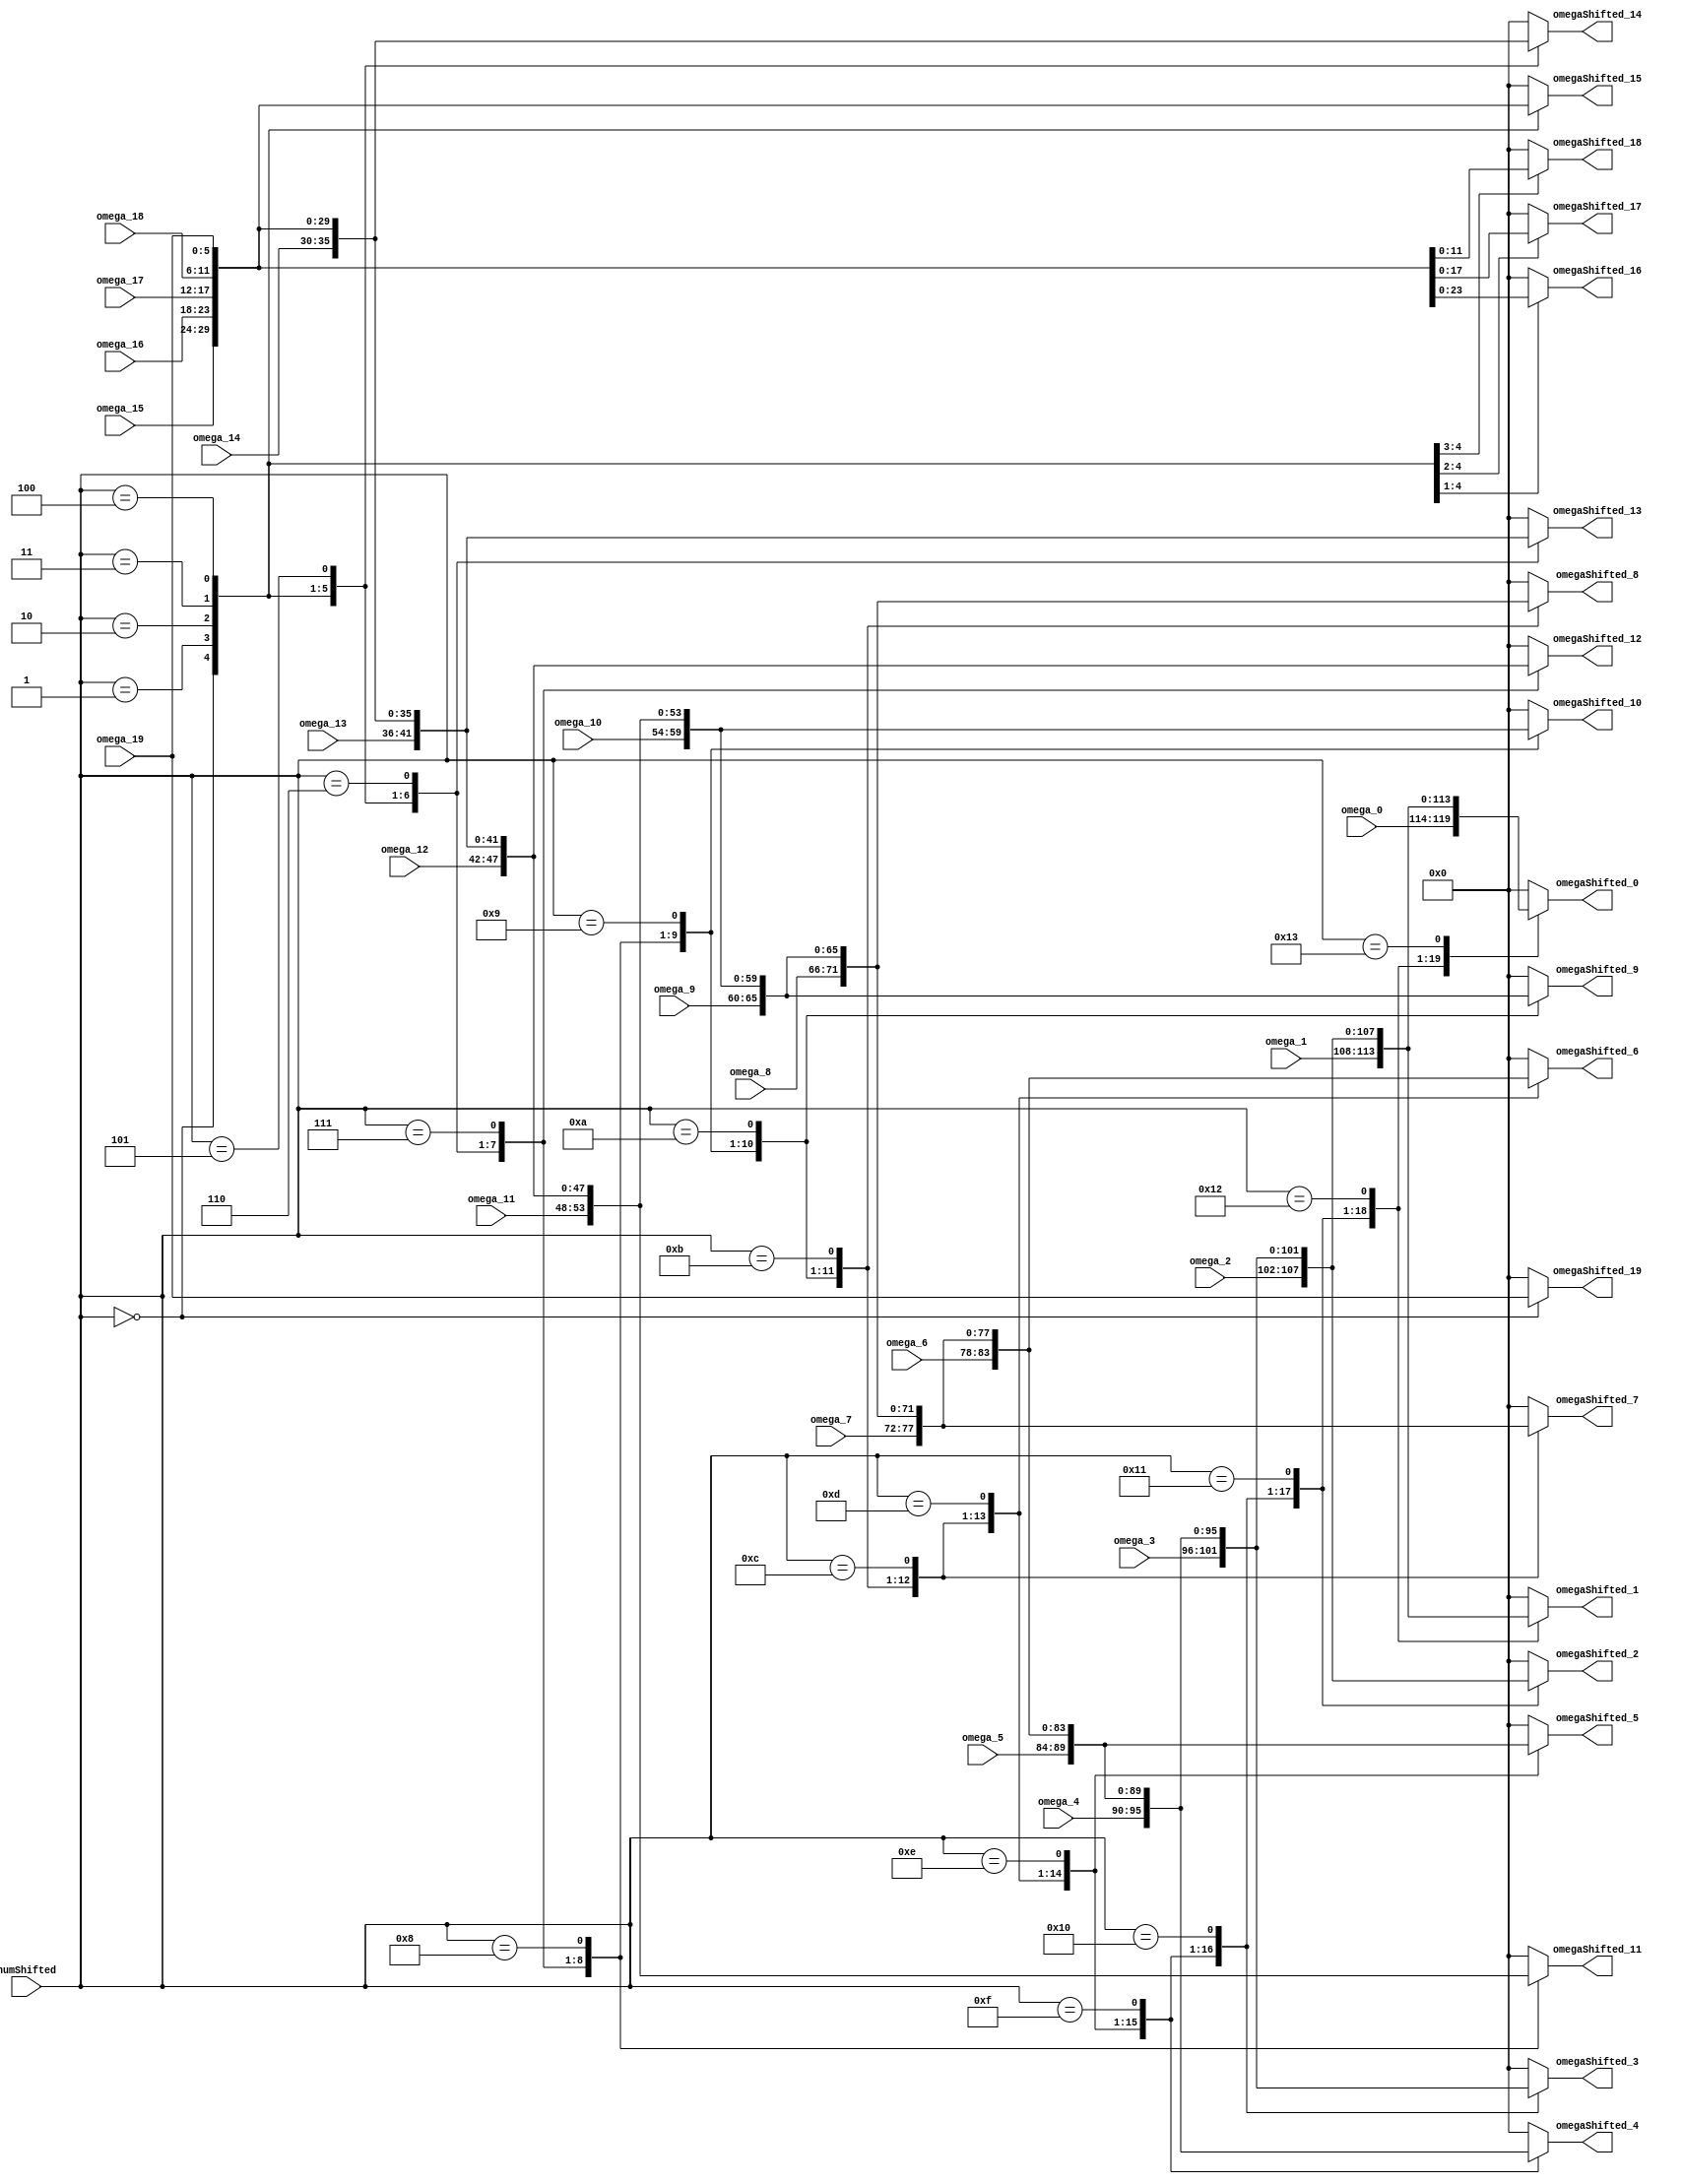
//===================================================================
// Module Name : RsDecodeShiftOmega
// Function    : Rs Decoder Shift Omega Module
// 
// Revision History:
// Date          By           Version    Change Description
//===================================================================
// 2009/02/03  Gael Sapience     1.0       Original
//
//===================================================================
// (C) COPYRIGHT 2009 SYSTEM LSI CO., Ltd.
//


module RsDecodeShiftOmega(
   omega_0,           // omega polynom 0
   omega_1,           // omega polynom 1
   omega_2,           // omega polynom 2
   omega_3,           // omega polynom 3
   omega_4,           // omega polynom 4
   omega_5,           // omega polynom 5
   omega_6,           // omega polynom 6
   omega_7,           // omega polynom 7
   omega_8,           // omega polynom 8
   omega_9,           // omega polynom 9
   omega_10,          // omega polynom 10
   omega_11,          // omega polynom 11
   omega_12,          // omega polynom 12
   omega_13,          // omega polynom 13
   omega_14,          // omega polynom 14
   omega_15,          // omega polynom 15
   omega_16,          // omega polynom 16
   omega_17,          // omega polynom 17
   omega_18,          // omega polynom 18
   omega_19,          // omega polynom 19
   omegaShifted_0,    // omega shifted polynom 0
   omegaShifted_1,    // omega shifted polynom 1
   omegaShifted_2,    // omega shifted polynom 2
   omegaShifted_3,    // omega shifted polynom 3
   omegaShifted_4,    // omega shifted polynom 4
   omegaShifted_5,    // omega shifted polynom 5
   omegaShifted_6,    // omega shifted polynom 6
   omegaShifted_7,    // omega shifted polynom 7
   omegaShifted_8,    // omega shifted polynom 8
   omegaShifted_9,    // omega shifted polynom 9
   omegaShifted_10,   // omega shifted polynom 10
   omegaShifted_11,   // omega shifted polynom 11
   omegaShifted_12,   // omega shifted polynom 12
   omegaShifted_13,   // omega shifted polynom 13
   omegaShifted_14,   // omega shifted polynom 14
   omegaShifted_15,   // omega shifted polynom 15
   omegaShifted_16,   // omega shifted polynom 16
   omegaShifted_17,   // omega shifted polynom 17
   omegaShifted_18,   // omega shifted polynom 18
   omegaShifted_19,   // omega shifted polynom 19
   numShifted         // shift amount
);


   input [5:0] omega_0;            // omega polynom 0
   input [5:0] omega_1;            // omega polynom 1
   input [5:0] omega_2;            // omega polynom 2
   input [5:0] omega_3;            // omega polynom 3
   input [5:0] omega_4;            // omega polynom 4
   input [5:0] omega_5;            // omega polynom 5
   input [5:0] omega_6;            // omega polynom 6
   input [5:0] omega_7;            // omega polynom 7
   input [5:0] omega_8;            // omega polynom 8
   input [5:0] omega_9;            // omega polynom 9
   input [5:0] omega_10;           // omega polynom 10
   input [5:0] omega_11;           // omega polynom 11
   input [5:0] omega_12;           // omega polynom 12
   input [5:0] omega_13;           // omega polynom 13
   input [5:0] omega_14;           // omega polynom 14
   input [5:0] omega_15;           // omega polynom 15
   input [5:0] omega_16;           // omega polynom 16
   input [5:0] omega_17;           // omega polynom 17
   input [5:0] omega_18;           // omega polynom 18
   input [5:0] omega_19;           // omega polynom 19
   input [4:0] numShifted;         // shift amount

   output [5:0] omegaShifted_0;    // omega shifted polynom 0
   output [5:0] omegaShifted_1;    // omega shifted polynom 1
   output [5:0] omegaShifted_2;    // omega shifted polynom 2
   output [5:0] omegaShifted_3;    // omega shifted polynom 3
   output [5:0] omegaShifted_4;    // omega shifted polynom 4
   output [5:0] omegaShifted_5;    // omega shifted polynom 5
   output [5:0] omegaShifted_6;    // omega shifted polynom 6
   output [5:0] omegaShifted_7;    // omega shifted polynom 7
   output [5:0] omegaShifted_8;    // omega shifted polynom 8
   output [5:0] omegaShifted_9;    // omega shifted polynom 9
   output [5:0] omegaShifted_10;   // omega shifted polynom 10
   output [5:0] omegaShifted_11;   // omega shifted polynom 11
   output [5:0] omegaShifted_12;   // omega shifted polynom 12
   output [5:0] omegaShifted_13;   // omega shifted polynom 13
   output [5:0] omegaShifted_14;   // omega shifted polynom 14
   output [5:0] omegaShifted_15;   // omega shifted polynom 15
   output [5:0] omegaShifted_16;   // omega shifted polynom 16
   output [5:0] omegaShifted_17;   // omega shifted polynom 17
   output [5:0] omegaShifted_18;   // omega shifted polynom 18
   output [5:0] omegaShifted_19;   // omega shifted polynom 19



   //------------------------------------------------------------------------
   //+ omegaShifted_0,..., omegaShifted_19
   //- omegaShifted registers
   //------------------------------------------------------------------------
   reg [5:0]   omegaShiftedInner_0;
   reg [5:0]   omegaShiftedInner_1;
   reg [5:0]   omegaShiftedInner_2;
   reg [5:0]   omegaShiftedInner_3;
   reg [5:0]   omegaShiftedInner_4;
   reg [5:0]   omegaShiftedInner_5;
   reg [5:0]   omegaShiftedInner_6;
   reg [5:0]   omegaShiftedInner_7;
   reg [5:0]   omegaShiftedInner_8;
   reg [5:0]   omegaShiftedInner_9;
   reg [5:0]   omegaShiftedInner_10;
   reg [5:0]   omegaShiftedInner_11;
   reg [5:0]   omegaShiftedInner_12;
   reg [5:0]   omegaShiftedInner_13;
   reg [5:0]   omegaShiftedInner_14;
   reg [5:0]   omegaShiftedInner_15;
   reg [5:0]   omegaShiftedInner_16;
   reg [5:0]   omegaShiftedInner_17;
   reg [5:0]   omegaShiftedInner_18;
   reg [5:0]   omegaShiftedInner_19;


   always @ (numShifted or omega_0 or omega_1 or omega_2 or omega_3 or omega_4 or omega_5 or omega_6 or omega_7 or omega_8 or omega_9 or omega_10 or omega_11 or omega_12 or omega_13 or omega_14 or omega_15 or omega_16 or omega_17 or omega_18 or omega_19 ) begin
      case (numShifted)
         (5'd0): begin
            omegaShiftedInner_0 [5:0]  = omega_0 [5:0];
            omegaShiftedInner_1 [5:0]  = omega_1 [5:0];
            omegaShiftedInner_2 [5:0]  = omega_2 [5:0];
            omegaShiftedInner_3 [5:0]  = omega_3 [5:0];
            omegaShiftedInner_4 [5:0]  = omega_4 [5:0];
            omegaShiftedInner_5 [5:0]  = omega_5 [5:0];
            omegaShiftedInner_6 [5:0]  = omega_6 [5:0];
            omegaShiftedInner_7 [5:0]  = omega_7 [5:0];
            omegaShiftedInner_8 [5:0]  = omega_8 [5:0];
            omegaShiftedInner_9 [5:0]  = omega_9 [5:0];
            omegaShiftedInner_10 [5:0] = omega_10 [5:0];
            omegaShiftedInner_11 [5:0] = omega_11 [5:0];
            omegaShiftedInner_12 [5:0] = omega_12 [5:0];
            omegaShiftedInner_13 [5:0] = omega_13 [5:0];
            omegaShiftedInner_14 [5:0] = omega_14 [5:0];
            omegaShiftedInner_15 [5:0] = omega_15 [5:0];
            omegaShiftedInner_16 [5:0] = omega_16 [5:0];
            omegaShiftedInner_17 [5:0] = omega_17 [5:0];
            omegaShiftedInner_18 [5:0] = omega_18 [5:0];
            omegaShiftedInner_19 [5:0] = omega_19 [5:0];
         end
         (5'd1): begin
            omegaShiftedInner_0 [5:0]  = omega_1 [5:0];
            omegaShiftedInner_1 [5:0]  = omega_2 [5:0];
            omegaShiftedInner_2 [5:0]  = omega_3 [5:0];
            omegaShiftedInner_3 [5:0]  = omega_4 [5:0];
            omegaShiftedInner_4 [5:0]  = omega_5 [5:0];
            omegaShiftedInner_5 [5:0]  = omega_6 [5:0];
            omegaShiftedInner_6 [5:0]  = omega_7 [5:0];
            omegaShiftedInner_7 [5:0]  = omega_8 [5:0];
            omegaShiftedInner_8 [5:0]  = omega_9 [5:0];
            omegaShiftedInner_9 [5:0]  = omega_10 [5:0];
            omegaShiftedInner_10 [5:0] = omega_11 [5:0];
            omegaShiftedInner_11 [5:0] = omega_12 [5:0];
            omegaShiftedInner_12 [5:0] = omega_13 [5:0];
            omegaShiftedInner_13 [5:0] = omega_14 [5:0];
            omegaShiftedInner_14 [5:0] = omega_15 [5:0];
            omegaShiftedInner_15 [5:0] = omega_16 [5:0];
            omegaShiftedInner_16 [5:0] = omega_17 [5:0];
            omegaShiftedInner_17 [5:0] = omega_18 [5:0];
            omegaShiftedInner_18 [5:0] = omega_19 [5:0];
            omegaShiftedInner_19 [5:0] = 6'd0;
         end
         (5'd2): begin
            omegaShiftedInner_0 [5:0]  = omega_2 [5:0];
            omegaShiftedInner_1 [5:0]  = omega_3 [5:0];
            omegaShiftedInner_2 [5:0]  = omega_4 [5:0];
            omegaShiftedInner_3 [5:0]  = omega_5 [5:0];
            omegaShiftedInner_4 [5:0]  = omega_6 [5:0];
            omegaShiftedInner_5 [5:0]  = omega_7 [5:0];
            omegaShiftedInner_6 [5:0]  = omega_8 [5:0];
            omegaShiftedInner_7 [5:0]  = omega_9 [5:0];
            omegaShiftedInner_8 [5:0]  = omega_10 [5:0];
            omegaShiftedInner_9 [5:0]  = omega_11 [5:0];
            omegaShiftedInner_10 [5:0] = omega_12 [5:0];
            omegaShiftedInner_11 [5:0] = omega_13 [5:0];
            omegaShiftedInner_12 [5:0] = omega_14 [5:0];
            omegaShiftedInner_13 [5:0] = omega_15 [5:0];
            omegaShiftedInner_14 [5:0] = omega_16 [5:0];
            omegaShiftedInner_15 [5:0] = omega_17 [5:0];
            omegaShiftedInner_16 [5:0] = omega_18 [5:0];
            omegaShiftedInner_17 [5:0] = omega_19 [5:0];
            omegaShiftedInner_18 [5:0] = 6'd0;
            omegaShiftedInner_19 [5:0] = 6'd0;
         end
         (5'd3): begin
            omegaShiftedInner_0 [5:0]  = omega_3 [5:0];
            omegaShiftedInner_1 [5:0]  = omega_4 [5:0];
            omegaShiftedInner_2 [5:0]  = omega_5 [5:0];
            omegaShiftedInner_3 [5:0]  = omega_6 [5:0];
            omegaShiftedInner_4 [5:0]  = omega_7 [5:0];
            omegaShiftedInner_5 [5:0]  = omega_8 [5:0];
            omegaShiftedInner_6 [5:0]  = omega_9 [5:0];
            omegaShiftedInner_7 [5:0]  = omega_10 [5:0];
            omegaShiftedInner_8 [5:0]  = omega_11 [5:0];
            omegaShiftedInner_9 [5:0]  = omega_12 [5:0];
            omegaShiftedInner_10 [5:0] = omega_13 [5:0];
            omegaShiftedInner_11 [5:0] = omega_14 [5:0];
            omegaShiftedInner_12 [5:0] = omega_15 [5:0];
            omegaShiftedInner_13 [5:0] = omega_16 [5:0];
            omegaShiftedInner_14 [5:0] = omega_17 [5:0];
            omegaShiftedInner_15 [5:0] = omega_18 [5:0];
            omegaShiftedInner_16 [5:0] = omega_19 [5:0];
            omegaShiftedInner_17 [5:0] = 6'd0;
            omegaShiftedInner_18 [5:0] = 6'd0;
            omegaShiftedInner_19 [5:0] = 6'd0;
         end
         (5'd4): begin
            omegaShiftedInner_0 [5:0]  = omega_4 [5:0];
            omegaShiftedInner_1 [5:0]  = omega_5 [5:0];
            omegaShiftedInner_2 [5:0]  = omega_6 [5:0];
            omegaShiftedInner_3 [5:0]  = omega_7 [5:0];
            omegaShiftedInner_4 [5:0]  = omega_8 [5:0];
            omegaShiftedInner_5 [5:0]  = omega_9 [5:0];
            omegaShiftedInner_6 [5:0]  = omega_10 [5:0];
            omegaShiftedInner_7 [5:0]  = omega_11 [5:0];
            omegaShiftedInner_8 [5:0]  = omega_12 [5:0];
            omegaShiftedInner_9 [5:0]  = omega_13 [5:0];
            omegaShiftedInner_10 [5:0] = omega_14 [5:0];
            omegaShiftedInner_11 [5:0] = omega_15 [5:0];
            omegaShiftedInner_12 [5:0] = omega_16 [5:0];
            omegaShiftedInner_13 [5:0] = omega_17 [5:0];
            omegaShiftedInner_14 [5:0] = omega_18 [5:0];
            omegaShiftedInner_15 [5:0] = omega_19 [5:0];
            omegaShiftedInner_16 [5:0] = 6'd0;
            omegaShiftedInner_17 [5:0] = 6'd0;
            omegaShiftedInner_18 [5:0] = 6'd0;
            omegaShiftedInner_19 [5:0] = 6'd0;
         end
         (5'd5): begin
            omegaShiftedInner_0 [5:0]  = omega_5 [5:0];
            omegaShiftedInner_1 [5:0]  = omega_6 [5:0];
            omegaShiftedInner_2 [5:0]  = omega_7 [5:0];
            omegaShiftedInner_3 [5:0]  = omega_8 [5:0];
            omegaShiftedInner_4 [5:0]  = omega_9 [5:0];
            omegaShiftedInner_5 [5:0]  = omega_10 [5:0];
            omegaShiftedInner_6 [5:0]  = omega_11 [5:0];
            omegaShiftedInner_7 [5:0]  = omega_12 [5:0];
            omegaShiftedInner_8 [5:0]  = omega_13 [5:0];
            omegaShiftedInner_9 [5:0]  = omega_14 [5:0];
            omegaShiftedInner_10 [5:0] = omega_15 [5:0];
            omegaShiftedInner_11 [5:0] = omega_16 [5:0];
            omegaShiftedInner_12 [5:0] = omega_17 [5:0];
            omegaShiftedInner_13 [5:0] = omega_18 [5:0];
            omegaShiftedInner_14 [5:0] = omega_19 [5:0];
            omegaShiftedInner_15 [5:0] = 6'd0;
            omegaShiftedInner_16 [5:0] = 6'd0;
            omegaShiftedInner_17 [5:0] = 6'd0;
            omegaShiftedInner_18 [5:0] = 6'd0;
            omegaShiftedInner_19 [5:0] = 6'd0;
         end
         (5'd6): begin
            omegaShiftedInner_0 [5:0]  = omega_6 [5:0];
            omegaShiftedInner_1 [5:0]  = omega_7 [5:0];
            omegaShiftedInner_2 [5:0]  = omega_8 [5:0];
            omegaShiftedInner_3 [5:0]  = omega_9 [5:0];
            omegaShiftedInner_4 [5:0]  = omega_10 [5:0];
            omegaShiftedInner_5 [5:0]  = omega_11 [5:0];
            omegaShiftedInner_6 [5:0]  = omega_12 [5:0];
            omegaShiftedInner_7 [5:0]  = omega_13 [5:0];
            omegaShiftedInner_8 [5:0]  = omega_14 [5:0];
            omegaShiftedInner_9 [5:0]  = omega_15 [5:0];
            omegaShiftedInner_10 [5:0] = omega_16 [5:0];
            omegaShiftedInner_11 [5:0] = omega_17 [5:0];
            omegaShiftedInner_12 [5:0] = omega_18 [5:0];
            omegaShiftedInner_13 [5:0] = omega_19 [5:0];
            omegaShiftedInner_14 [5:0] = 6'd0;
            omegaShiftedInner_15 [5:0] = 6'd0;
            omegaShiftedInner_16 [5:0] = 6'd0;
            omegaShiftedInner_17 [5:0] = 6'd0;
            omegaShiftedInner_18 [5:0] = 6'd0;
            omegaShiftedInner_19 [5:0] = 6'd0;
         end
         (5'd7): begin
            omegaShiftedInner_0 [5:0]  = omega_7 [5:0];
            omegaShiftedInner_1 [5:0]  = omega_8 [5:0];
            omegaShiftedInner_2 [5:0]  = omega_9 [5:0];
            omegaShiftedInner_3 [5:0]  = omega_10 [5:0];
            omegaShiftedInner_4 [5:0]  = omega_11 [5:0];
            omegaShiftedInner_5 [5:0]  = omega_12 [5:0];
            omegaShiftedInner_6 [5:0]  = omega_13 [5:0];
            omegaShiftedInner_7 [5:0]  = omega_14 [5:0];
            omegaShiftedInner_8 [5:0]  = omega_15 [5:0];
            omegaShiftedInner_9 [5:0]  = omega_16 [5:0];
            omegaShiftedInner_10 [5:0] = omega_17 [5:0];
            omegaShiftedInner_11 [5:0] = omega_18 [5:0];
            omegaShiftedInner_12 [5:0] = omega_19 [5:0];
            omegaShiftedInner_13 [5:0] = 6'd0;
            omegaShiftedInner_14 [5:0] = 6'd0;
            omegaShiftedInner_15 [5:0] = 6'd0;
            omegaShiftedInner_16 [5:0] = 6'd0;
            omegaShiftedInner_17 [5:0] = 6'd0;
            omegaShiftedInner_18 [5:0] = 6'd0;
            omegaShiftedInner_19 [5:0] = 6'd0;
         end
         (5'd8): begin
            omegaShiftedInner_0 [5:0]  = omega_8 [5:0];
            omegaShiftedInner_1 [5:0]  = omega_9 [5:0];
            omegaShiftedInner_2 [5:0]  = omega_10 [5:0];
            omegaShiftedInner_3 [5:0]  = omega_11 [5:0];
            omegaShiftedInner_4 [5:0]  = omega_12 [5:0];
            omegaShiftedInner_5 [5:0]  = omega_13 [5:0];
            omegaShiftedInner_6 [5:0]  = omega_14 [5:0];
            omegaShiftedInner_7 [5:0]  = omega_15 [5:0];
            omegaShiftedInner_8 [5:0]  = omega_16 [5:0];
            omegaShiftedInner_9 [5:0]  = omega_17 [5:0];
            omegaShiftedInner_10 [5:0] = omega_18 [5:0];
            omegaShiftedInner_11 [5:0] = omega_19 [5:0];
            omegaShiftedInner_12 [5:0] = 6'd0;
            omegaShiftedInner_13 [5:0] = 6'd0;
            omegaShiftedInner_14 [5:0] = 6'd0;
            omegaShiftedInner_15 [5:0] = 6'd0;
            omegaShiftedInner_16 [5:0] = 6'd0;
            omegaShiftedInner_17 [5:0] = 6'd0;
            omegaShiftedInner_18 [5:0] = 6'd0;
            omegaShiftedInner_19 [5:0] = 6'd0;
         end
         (5'd9): begin
            omegaShiftedInner_0 [5:0]  = omega_9 [5:0];
            omegaShiftedInner_1 [5:0]  = omega_10 [5:0];
            omegaShiftedInner_2 [5:0]  = omega_11 [5:0];
            omegaShiftedInner_3 [5:0]  = omega_12 [5:0];
            omegaShiftedInner_4 [5:0]  = omega_13 [5:0];
            omegaShiftedInner_5 [5:0]  = omega_14 [5:0];
            omegaShiftedInner_6 [5:0]  = omega_15 [5:0];
            omegaShiftedInner_7 [5:0]  = omega_16 [5:0];
            omegaShiftedInner_8 [5:0]  = omega_17 [5:0];
            omegaShiftedInner_9 [5:0]  = omega_18 [5:0];
            omegaShiftedInner_10 [5:0] = omega_19 [5:0];
            omegaShiftedInner_11 [5:0] = 6'd0;
            omegaShiftedInner_12 [5:0] = 6'd0;
            omegaShiftedInner_13 [5:0] = 6'd0;
            omegaShiftedInner_14 [5:0] = 6'd0;
            omegaShiftedInner_15 [5:0] = 6'd0;
            omegaShiftedInner_16 [5:0] = 6'd0;
            omegaShiftedInner_17 [5:0] = 6'd0;
            omegaShiftedInner_18 [5:0] = 6'd0;
            omegaShiftedInner_19 [5:0] = 6'd0;
         end
         (5'd10): begin
            omegaShiftedInner_0 [5:0]  = omega_10 [5:0];
            omegaShiftedInner_1 [5:0]  = omega_11 [5:0];
            omegaShiftedInner_2 [5:0]  = omega_12 [5:0];
            omegaShiftedInner_3 [5:0]  = omega_13 [5:0];
            omegaShiftedInner_4 [5:0]  = omega_14 [5:0];
            omegaShiftedInner_5 [5:0]  = omega_15 [5:0];
            omegaShiftedInner_6 [5:0]  = omega_16 [5:0];
            omegaShiftedInner_7 [5:0]  = omega_17 [5:0];
            omegaShiftedInner_8 [5:0]  = omega_18 [5:0];
            omegaShiftedInner_9 [5:0]  = omega_19 [5:0];
            omegaShiftedInner_10 [5:0] = 6'd0;
            omegaShiftedInner_11 [5:0] = 6'd0;
            omegaShiftedInner_12 [5:0] = 6'd0;
            omegaShiftedInner_13 [5:0] = 6'd0;
            omegaShiftedInner_14 [5:0] = 6'd0;
            omegaShiftedInner_15 [5:0] = 6'd0;
            omegaShiftedInner_16 [5:0] = 6'd0;
            omegaShiftedInner_17 [5:0] = 6'd0;
            omegaShiftedInner_18 [5:0] = 6'd0;
            omegaShiftedInner_19 [5:0] = 6'd0;
         end
         (5'd11): begin
            omegaShiftedInner_0 [5:0]  = omega_11 [5:0];
            omegaShiftedInner_1 [5:0]  = omega_12 [5:0];
            omegaShiftedInner_2 [5:0]  = omega_13 [5:0];
            omegaShiftedInner_3 [5:0]  = omega_14 [5:0];
            omegaShiftedInner_4 [5:0]  = omega_15 [5:0];
            omegaShiftedInner_5 [5:0]  = omega_16 [5:0];
            omegaShiftedInner_6 [5:0]  = omega_17 [5:0];
            omegaShiftedInner_7 [5:0]  = omega_18 [5:0];
            omegaShiftedInner_8 [5:0]  = omega_19 [5:0];
            omegaShiftedInner_9 [5:0]  = 6'd0;
            omegaShiftedInner_10 [5:0] = 6'd0;
            omegaShiftedInner_11 [5:0] = 6'd0;
            omegaShiftedInner_12 [5:0] = 6'd0;
            omegaShiftedInner_13 [5:0] = 6'd0;
            omegaShiftedInner_14 [5:0] = 6'd0;
            omegaShiftedInner_15 [5:0] = 6'd0;
            omegaShiftedInner_16 [5:0] = 6'd0;
            omegaShiftedInner_17 [5:0] = 6'd0;
            omegaShiftedInner_18 [5:0] = 6'd0;
            omegaShiftedInner_19 [5:0] = 6'd0;
         end
         (5'd12): begin
            omegaShiftedInner_0 [5:0]  = omega_12 [5:0];
            omegaShiftedInner_1 [5:0]  = omega_13 [5:0];
            omegaShiftedInner_2 [5:0]  = omega_14 [5:0];
            omegaShiftedInner_3 [5:0]  = omega_15 [5:0];
            omegaShiftedInner_4 [5:0]  = omega_16 [5:0];
            omegaShiftedInner_5 [5:0]  = omega_17 [5:0];
            omegaShiftedInner_6 [5:0]  = omega_18 [5:0];
            omegaShiftedInner_7 [5:0]  = omega_19 [5:0];
            omegaShiftedInner_8 [5:0]  = 6'd0;
            omegaShiftedInner_9 [5:0]  = 6'd0;
            omegaShiftedInner_10 [5:0] = 6'd0;
            omegaShiftedInner_11 [5:0] = 6'd0;
            omegaShiftedInner_12 [5:0] = 6'd0;
            omegaShiftedInner_13 [5:0] = 6'd0;
            omegaShiftedInner_14 [5:0] = 6'd0;
            omegaShiftedInner_15 [5:0] = 6'd0;
            omegaShiftedInner_16 [5:0] = 6'd0;
            omegaShiftedInner_17 [5:0] = 6'd0;
            omegaShiftedInner_18 [5:0] = 6'd0;
            omegaShiftedInner_19 [5:0] = 6'd0;
         end
         (5'd13): begin
            omegaShiftedInner_0 [5:0]  = omega_13 [5:0];
            omegaShiftedInner_1 [5:0]  = omega_14 [5:0];
            omegaShiftedInner_2 [5:0]  = omega_15 [5:0];
            omegaShiftedInner_3 [5:0]  = omega_16 [5:0];
            omegaShiftedInner_4 [5:0]  = omega_17 [5:0];
            omegaShiftedInner_5 [5:0]  = omega_18 [5:0];
            omegaShiftedInner_6 [5:0]  = omega_19 [5:0];
            omegaShiftedInner_7 [5:0]  = 6'd0;
            omegaShiftedInner_8 [5:0]  = 6'd0;
            omegaShiftedInner_9 [5:0]  = 6'd0;
            omegaShiftedInner_10 [5:0] = 6'd0;
            omegaShiftedInner_11 [5:0] = 6'd0;
            omegaShiftedInner_12 [5:0] = 6'd0;
            omegaShiftedInner_13 [5:0] = 6'd0;
            omegaShiftedInner_14 [5:0] = 6'd0;
            omegaShiftedInner_15 [5:0] = 6'd0;
            omegaShiftedInner_16 [5:0] = 6'd0;
            omegaShiftedInner_17 [5:0] = 6'd0;
            omegaShiftedInner_18 [5:0] = 6'd0;
            omegaShiftedInner_19 [5:0] = 6'd0;
         end
         (5'd14): begin
            omegaShiftedInner_0 [5:0]  = omega_14 [5:0];
            omegaShiftedInner_1 [5:0]  = omega_15 [5:0];
            omegaShiftedInner_2 [5:0]  = omega_16 [5:0];
            omegaShiftedInner_3 [5:0]  = omega_17 [5:0];
            omegaShiftedInner_4 [5:0]  = omega_18 [5:0];
            omegaShiftedInner_5 [5:0]  = omega_19 [5:0];
            omegaShiftedInner_6 [5:0]  = 6'd0;
            omegaShiftedInner_7 [5:0]  = 6'd0;
            omegaShiftedInner_8 [5:0]  = 6'd0;
            omegaShiftedInner_9 [5:0]  = 6'd0;
            omegaShiftedInner_10 [5:0] = 6'd0;
            omegaShiftedInner_11 [5:0] = 6'd0;
            omegaShiftedInner_12 [5:0] = 6'd0;
            omegaShiftedInner_13 [5:0] = 6'd0;
            omegaShiftedInner_14 [5:0] = 6'd0;
            omegaShiftedInner_15 [5:0] = 6'd0;
            omegaShiftedInner_16 [5:0] = 6'd0;
            omegaShiftedInner_17 [5:0] = 6'd0;
            omegaShiftedInner_18 [5:0] = 6'd0;
            omegaShiftedInner_19 [5:0] = 6'd0;
         end
         (5'd15): begin
            omegaShiftedInner_0 [5:0]  = omega_15 [5:0];
            omegaShiftedInner_1 [5:0]  = omega_16 [5:0];
            omegaShiftedInner_2 [5:0]  = omega_17 [5:0];
            omegaShiftedInner_3 [5:0]  = omega_18 [5:0];
            omegaShiftedInner_4 [5:0]  = omega_19 [5:0];
            omegaShiftedInner_5 [5:0]  = 6'd0;
            omegaShiftedInner_6 [5:0]  = 6'd0;
            omegaShiftedInner_7 [5:0]  = 6'd0;
            omegaShiftedInner_8 [5:0]  = 6'd0;
            omegaShiftedInner_9 [5:0]  = 6'd0;
            omegaShiftedInner_10 [5:0] = 6'd0;
            omegaShiftedInner_11 [5:0] = 6'd0;
            omegaShiftedInner_12 [5:0] = 6'd0;
            omegaShiftedInner_13 [5:0] = 6'd0;
            omegaShiftedInner_14 [5:0] = 6'd0;
            omegaShiftedInner_15 [5:0] = 6'd0;
            omegaShiftedInner_16 [5:0] = 6'd0;
            omegaShiftedInner_17 [5:0] = 6'd0;
            omegaShiftedInner_18 [5:0] = 6'd0;
            omegaShiftedInner_19 [5:0] = 6'd0;
         end
         (5'd16): begin
            omegaShiftedInner_0 [5:0]  = omega_16 [5:0];
            omegaShiftedInner_1 [5:0]  = omega_17 [5:0];
            omegaShiftedInner_2 [5:0]  = omega_18 [5:0];
            omegaShiftedInner_3 [5:0]  = omega_19 [5:0];
            omegaShiftedInner_4 [5:0]  = 6'd0;
            omegaShiftedInner_5 [5:0]  = 6'd0;
            omegaShiftedInner_6 [5:0]  = 6'd0;
            omegaShiftedInner_7 [5:0]  = 6'd0;
            omegaShiftedInner_8 [5:0]  = 6'd0;
            omegaShiftedInner_9 [5:0]  = 6'd0;
            omegaShiftedInner_10 [5:0] = 6'd0;
            omegaShiftedInner_11 [5:0] = 6'd0;
            omegaShiftedInner_12 [5:0] = 6'd0;
            omegaShiftedInner_13 [5:0] = 6'd0;
            omegaShiftedInner_14 [5:0] = 6'd0;
            omegaShiftedInner_15 [5:0] = 6'd0;
            omegaShiftedInner_16 [5:0] = 6'd0;
            omegaShiftedInner_17 [5:0] = 6'd0;
            omegaShiftedInner_18 [5:0] = 6'd0;
            omegaShiftedInner_19 [5:0] = 6'd0;
         end
         (5'd17): begin
            omegaShiftedInner_0 [5:0]  = omega_17 [5:0];
            omegaShiftedInner_1 [5:0]  = omega_18 [5:0];
            omegaShiftedInner_2 [5:0]  = omega_19 [5:0];
            omegaShiftedInner_3 [5:0]  = 6'd0;
            omegaShiftedInner_4 [5:0]  = 6'd0;
            omegaShiftedInner_5 [5:0]  = 6'd0;
            omegaShiftedInner_6 [5:0]  = 6'd0;
            omegaShiftedInner_7 [5:0]  = 6'd0;
            omegaShiftedInner_8 [5:0]  = 6'd0;
            omegaShiftedInner_9 [5:0]  = 6'd0;
            omegaShiftedInner_10 [5:0] = 6'd0;
            omegaShiftedInner_11 [5:0] = 6'd0;
            omegaShiftedInner_12 [5:0] = 6'd0;
            omegaShiftedInner_13 [5:0] = 6'd0;
            omegaShiftedInner_14 [5:0] = 6'd0;
            omegaShiftedInner_15 [5:0] = 6'd0;
            omegaShiftedInner_16 [5:0] = 6'd0;
            omegaShiftedInner_17 [5:0] = 6'd0;
            omegaShiftedInner_18 [5:0] = 6'd0;
            omegaShiftedInner_19 [5:0] = 6'd0;
         end
         (5'd18): begin
            omegaShiftedInner_0 [5:0]  = omega_18 [5:0];
            omegaShiftedInner_1 [5:0]  = omega_19 [5:0];
            omegaShiftedInner_2 [5:0]  = 6'd0;
            omegaShiftedInner_3 [5:0]  = 6'd0;
            omegaShiftedInner_4 [5:0]  = 6'd0;
            omegaShiftedInner_5 [5:0]  = 6'd0;
            omegaShiftedInner_6 [5:0]  = 6'd0;
            omegaShiftedInner_7 [5:0]  = 6'd0;
            omegaShiftedInner_8 [5:0]  = 6'd0;
            omegaShiftedInner_9 [5:0]  = 6'd0;
            omegaShiftedInner_10 [5:0] = 6'd0;
            omegaShiftedInner_11 [5:0] = 6'd0;
            omegaShiftedInner_12 [5:0] = 6'd0;
            omegaShiftedInner_13 [5:0] = 6'd0;
            omegaShiftedInner_14 [5:0] = 6'd0;
            omegaShiftedInner_15 [5:0] = 6'd0;
            omegaShiftedInner_16 [5:0] = 6'd0;
            omegaShiftedInner_17 [5:0] = 6'd0;
            omegaShiftedInner_18 [5:0] = 6'd0;
            omegaShiftedInner_19 [5:0] = 6'd0;
         end
         (5'd19): begin
            omegaShiftedInner_0 [5:0]  = omega_19 [5:0];
            omegaShiftedInner_1 [5:0]  = 6'd0;
            omegaShiftedInner_2 [5:0]  = 6'd0;
            omegaShiftedInner_3 [5:0]  = 6'd0;
            omegaShiftedInner_4 [5:0]  = 6'd0;
            omegaShiftedInner_5 [5:0]  = 6'd0;
            omegaShiftedInner_6 [5:0]  = 6'd0;
            omegaShiftedInner_7 [5:0]  = 6'd0;
            omegaShiftedInner_8 [5:0]  = 6'd0;
            omegaShiftedInner_9 [5:0]  = 6'd0;
            omegaShiftedInner_10 [5:0] = 6'd0;
            omegaShiftedInner_11 [5:0] = 6'd0;
            omegaShiftedInner_12 [5:0] = 6'd0;
            omegaShiftedInner_13 [5:0] = 6'd0;
            omegaShiftedInner_14 [5:0] = 6'd0;
            omegaShiftedInner_15 [5:0] = 6'd0;
            omegaShiftedInner_16 [5:0] = 6'd0;
            omegaShiftedInner_17 [5:0] = 6'd0;
            omegaShiftedInner_18 [5:0] = 6'd0;
            omegaShiftedInner_19 [5:0] = 6'd0;
         end
         default: begin
            omegaShiftedInner_0 [5:0]  = 6'd0;
            omegaShiftedInner_1 [5:0]  = 6'd0;
            omegaShiftedInner_2 [5:0]  = 6'd0;
            omegaShiftedInner_3 [5:0]  = 6'd0;
            omegaShiftedInner_4 [5:0]  = 6'd0;
            omegaShiftedInner_5 [5:0]  = 6'd0;
            omegaShiftedInner_6 [5:0]  = 6'd0;
            omegaShiftedInner_7 [5:0]  = 6'd0;
            omegaShiftedInner_8 [5:0]  = 6'd0;
            omegaShiftedInner_9 [5:0]  = 6'd0;
            omegaShiftedInner_10 [5:0] = 6'd0;
            omegaShiftedInner_11 [5:0] = 6'd0;
            omegaShiftedInner_12 [5:0] = 6'd0;
            omegaShiftedInner_13 [5:0] = 6'd0;
            omegaShiftedInner_14 [5:0] = 6'd0;
            omegaShiftedInner_15 [5:0] = 6'd0;
            omegaShiftedInner_16 [5:0] = 6'd0;
            omegaShiftedInner_17 [5:0] = 6'd0;
            omegaShiftedInner_18 [5:0] = 6'd0;
            omegaShiftedInner_19 [5:0] = 6'd0;
         end
        endcase
    end



   //------------------------------------------------------------------------
   //- Output Ports
   //------------------------------------------------------------------------
   assign omegaShifted_0   = omegaShiftedInner_0;
   assign omegaShifted_1   = omegaShiftedInner_1;
   assign omegaShifted_2   = omegaShiftedInner_2;
   assign omegaShifted_3   = omegaShiftedInner_3;
   assign omegaShifted_4   = omegaShiftedInner_4;
   assign omegaShifted_5   = omegaShiftedInner_5;
   assign omegaShifted_6   = omegaShiftedInner_6;
   assign omegaShifted_7   = omegaShiftedInner_7;
   assign omegaShifted_8   = omegaShiftedInner_8;
   assign omegaShifted_9   = omegaShiftedInner_9;
   assign omegaShifted_10  = omegaShiftedInner_10;
   assign omegaShifted_11  = omegaShiftedInner_11;
   assign omegaShifted_12  = omegaShiftedInner_12;
   assign omegaShifted_13  = omegaShiftedInner_13;
   assign omegaShifted_14  = omegaShiftedInner_14;
   assign omegaShifted_15  = omegaShiftedInner_15;
   assign omegaShifted_16  = omegaShiftedInner_16;
   assign omegaShifted_17  = omegaShiftedInner_17;
   assign omegaShifted_18  = omegaShiftedInner_18;
   assign omegaShifted_19  = omegaShiftedInner_19;



endmodule